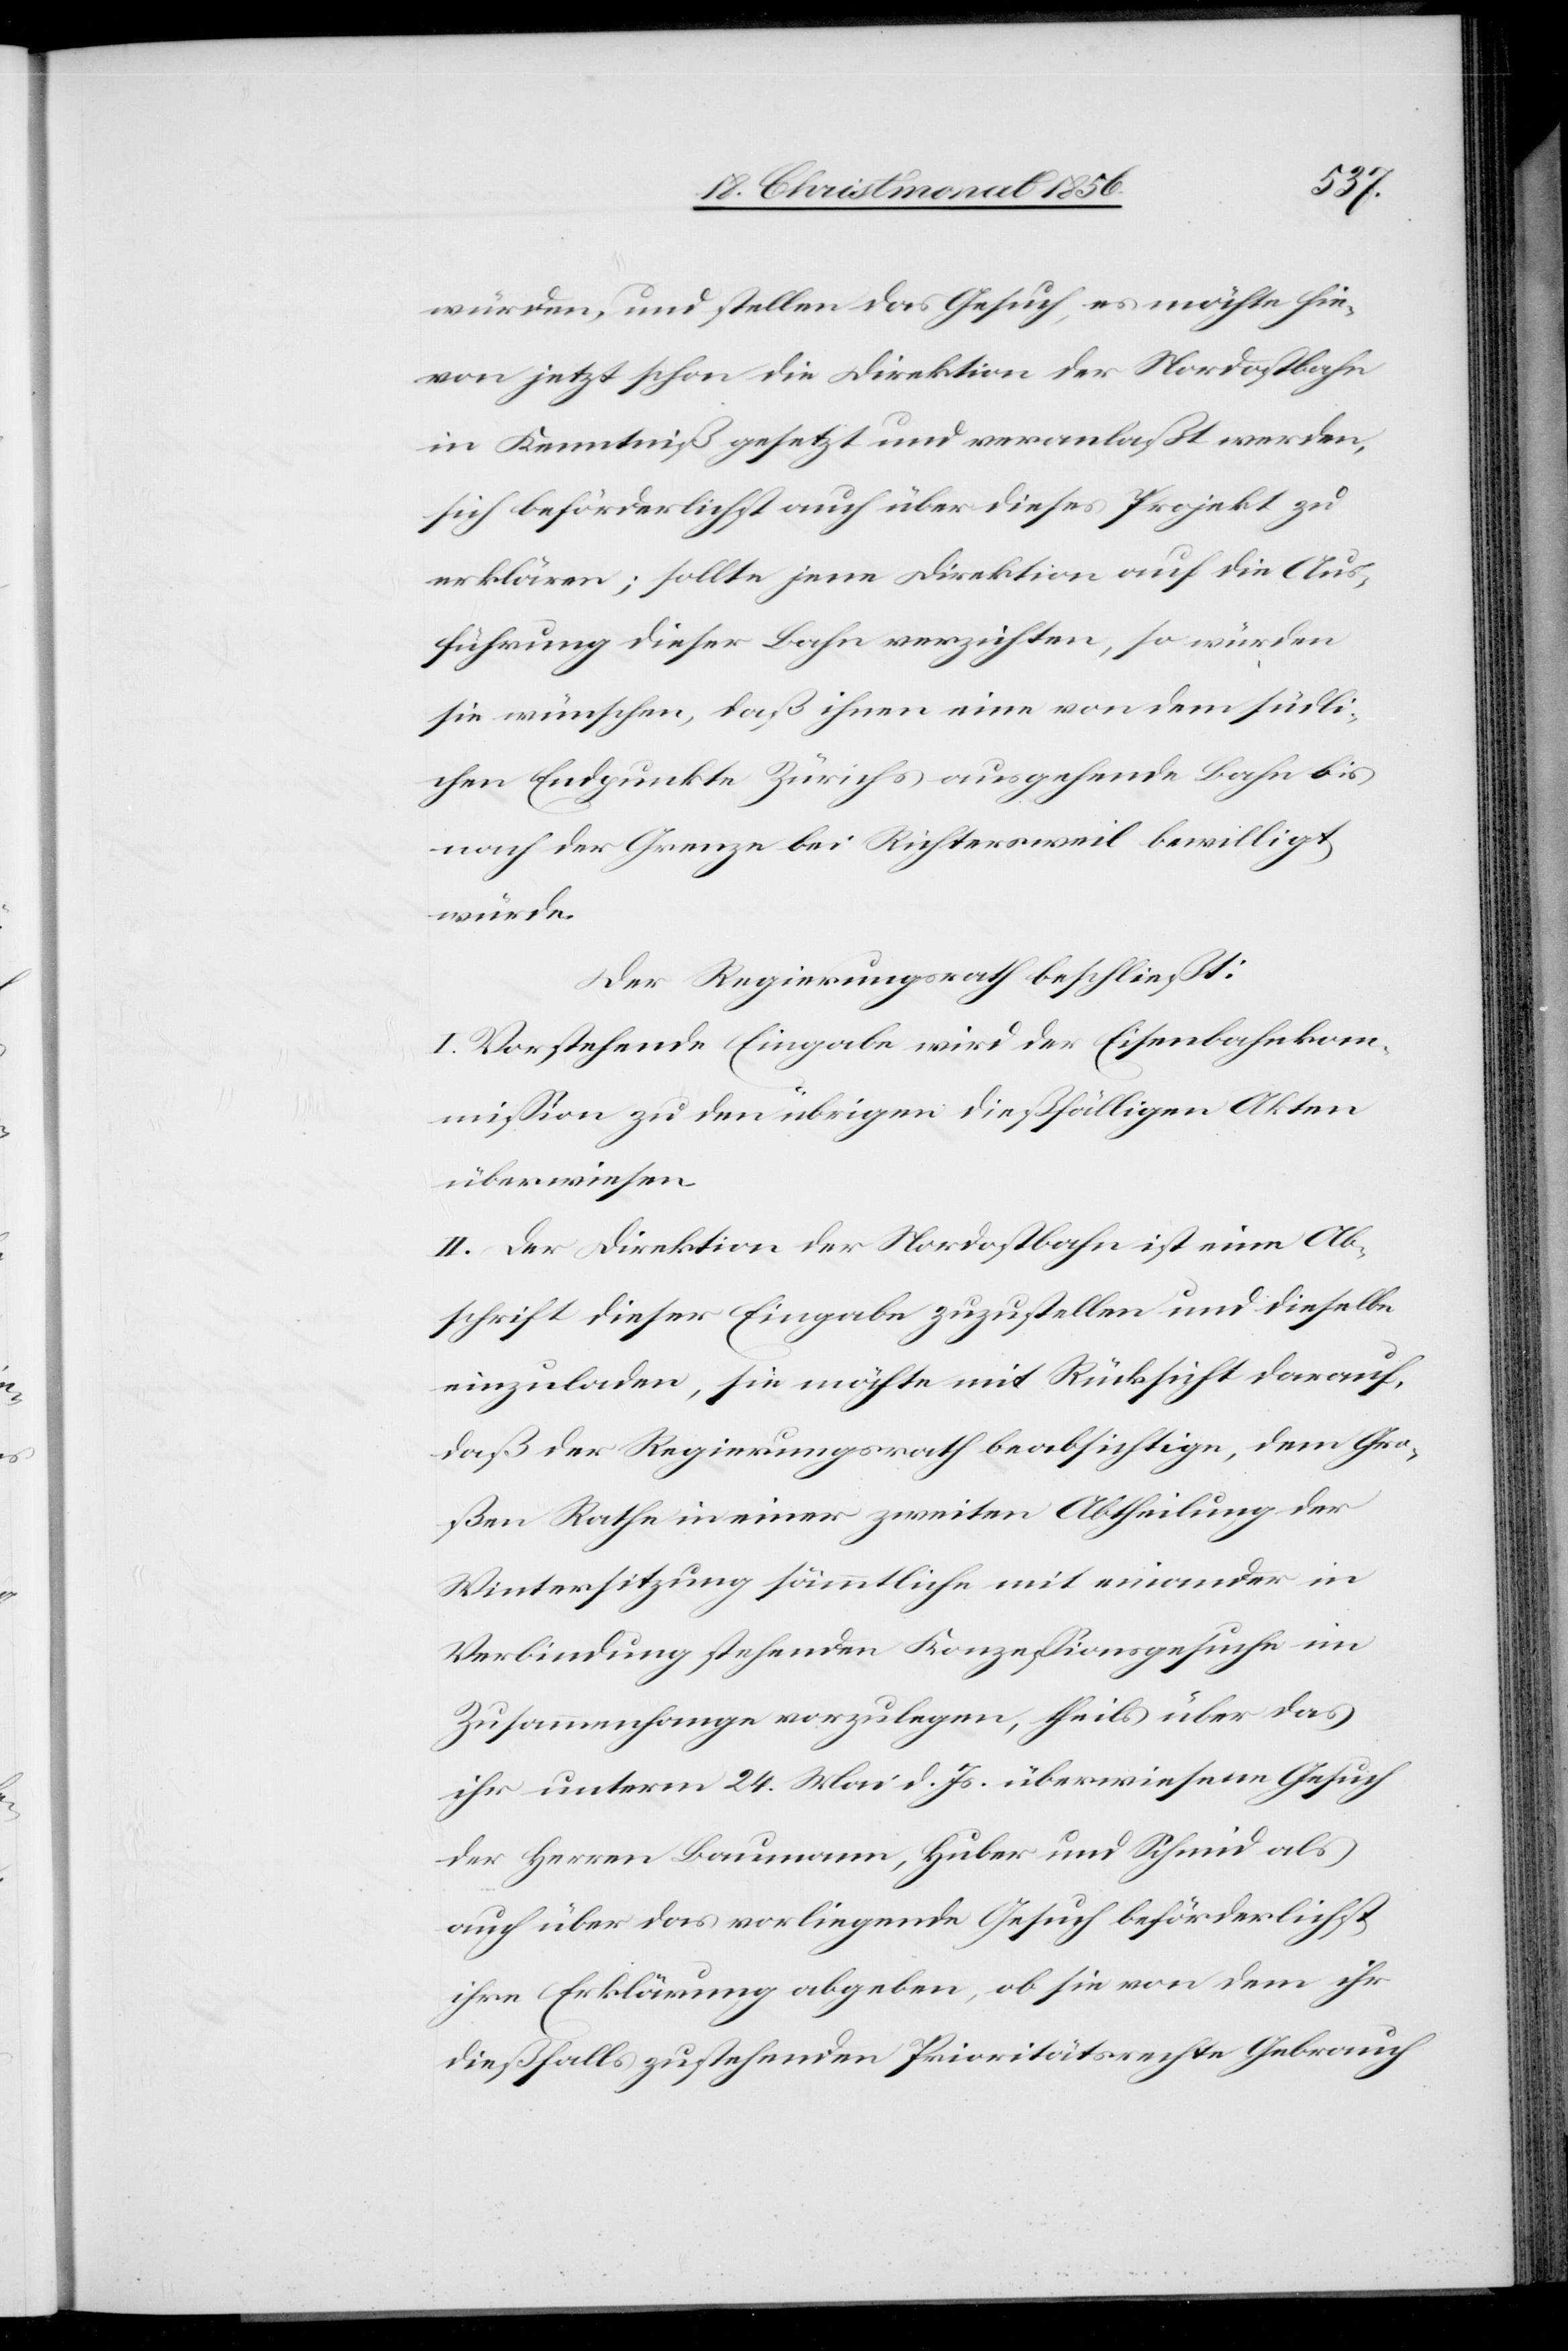
würden, und stellen das Gesuch, es möchte hie¬
von jetzt schon die Direktion der Nordostbahn
in Kenntniß gesetzt und veranlaßt werden,
sich beförderlichst auch über dieses Projekt zu
erklären; sollte jene Direktion auf die Aus¬
führung dieser Bahn verzichten, so würden
sie wünschen, daß ihnen eine von dem südli¬
chen Endpunkte Zürichs ausgehende Bahn bis
nach der Grenze bei Richtersweil bewilligt
würde.
Der Regierungsrath beschließt:
I. Vorstehende Eingabe wird der Eisenbahnkom¬
mission zu den übrigen dießfälligen Akten
überwiesen.
II. Der Direktion der Nordostbahn ist eine Ab¬
schrift dieser Eingabe zuzustellen und dieselbe
einzuladen, sie möchte mit Rücksicht darauf,
daß der Regierungsrath beabsichtige, dem Gro¬
ßen Rathe in einer zweiten Abtheilung der
Wintersitzung sämmtliche mit einander in
Verbindung stehenden Konzessionsgesuche im
Zusammenhange vorzulegen, theils über das
ihr unterm 24. Mai d. Js. überwiesene Gesuch
der Herren Baumann, Huber und Schmid als
auch über das vorliegende Gesuch beförderlichst
ihre Erklärung abgeben, ob sie von dem ihr
dießfalls zustehenden Prioritätsrechte Gebrauch